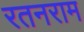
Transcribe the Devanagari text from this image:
रतनराम